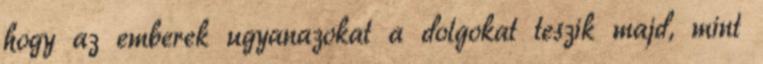
hogy az emberek ugyanazokat a dolgokat teszik majd, mint